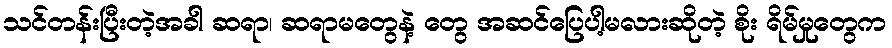
သင်တန်းပြီးတဲ့အခါ ဆရာ၊ ဆရာမတွေနဲ့ တွေ အဆင်ပြေပါ့မလားဆိုတဲ့ စိုး ရိမ်မှုတွေက